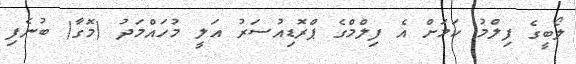
ލޯބީގެ ފިލްމު ކަމަށް އެ ފިލްމްގެ ޕްރޮޑިއުސަރު އަލީ މުހައްމަދު (މޮގާ) ބުނެފި